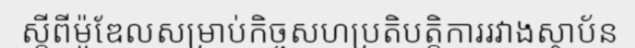
ស្តីពីម៉ូឌែលសម្រាប់កិច្ចសហប្រតិបត្តិការរវាងស្ថាប័ន